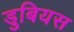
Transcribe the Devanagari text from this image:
डुबियस